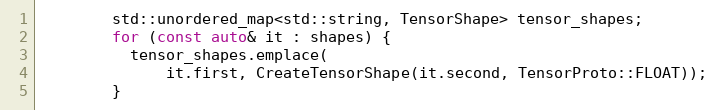
Language: C++
        std::unordered_map<std::string, TensorShape> tensor_shapes;
        for (const auto& it : shapes) {
          tensor_shapes.emplace(
              it.first, CreateTensorShape(it.second, TensorProto::FLOAT));
        }